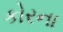
કોરના